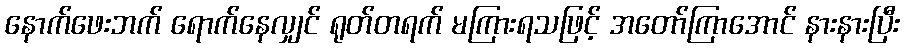
နောက်ဖေးဘက် ရောက်နေလျှင် ရုတ်တရက် မကြားရသဖြင့် အတော်ကြာအောင် နားနားပြီး